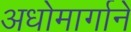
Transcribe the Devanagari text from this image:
अधोमार्गाने